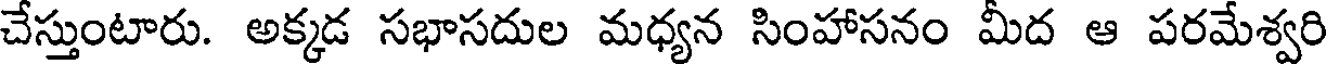
చేస్తుంటారు. అక్కడ సభాసదుల మధ్యన సింహాసనం మీద ఆ పరమేశ్వరి